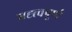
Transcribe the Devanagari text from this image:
मह्त्त्वपूर्ण